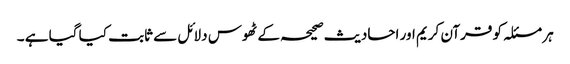
ہر مسئلہ کو قرآن کریم اور احادیث صحیحہ کے ٹھوس دلائل سے ثابت کیا گیا ہے ۔